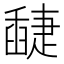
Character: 𦦘